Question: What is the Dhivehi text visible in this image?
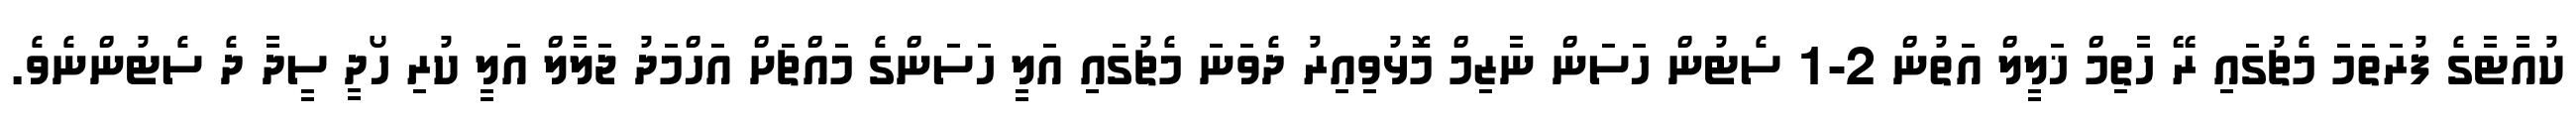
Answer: ކުއާޓާގެ ފުރަތަމަ މެޗުގައި ރޭ ހާތިމް ޚަލީލް އަތުން 2-1 ސެޓުން ހަސަން ނާޒިމް މޮޅުވިއިރު ދެވަނަ މެޗުގައި އަލީ ހަސަންގެ މައްޗަށް އަހްމަދު ޖަލާލް އަލީ ކުރި ހޯދީ ސީދާ ދެ ސެޓުންނެވެ.